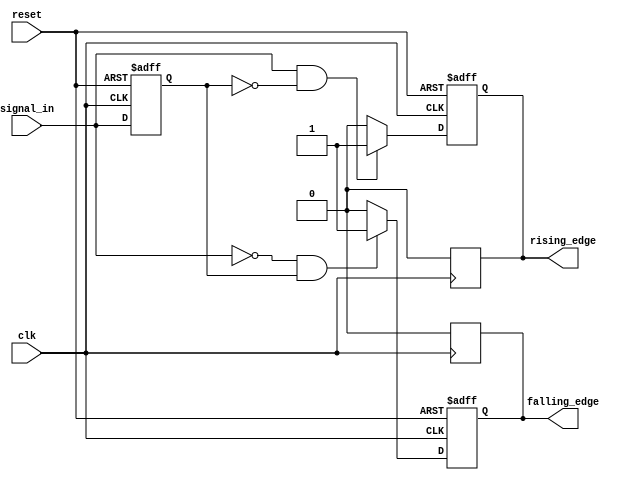
module differential_edge_detector (
    input wire clk,            // Clock signal
    input wire reset,          // Reset signal
    input wire signal_in,      // Input signal
    output reg rising_edge,    // Rising edge output
    output reg falling_edge     // Falling edge output
);

    // Memory block to store the previous state of the input signal
    reg previous_signal;

    // Always block triggered on the rising edge of the clock
    always @(posedge clk or posedge reset) begin
        if (reset) begin
            // Initialize the memory block and outputs on reset
            previous_signal <= 1'b0;
            rising_edge <= 1'b0;
            falling_edge <= 1'b0;
        end else begin
            // Edge detection logic
            rising_edge <= (signal_in == 1'b1 && previous_signal == 1'b0) ? 1'b1 : 1'b0;
            falling_edge <= (signal_in == 1'b0 && previous_signal == 1'b1) ? 1'b1 : 1'b0;

            // Update the previous signal state
            previous_signal <= signal_in;
        end
    end

    // Always block to de-assert the edge signals after one clock cycle
    always @(posedge clk) begin
        if (rising_edge) begin
            rising_edge <= 1'b0; // De-assert rising edge after one clock cycle
        end
        if (falling_edge) begin
            falling_edge <= 1'b0; // De-assert falling edge after one clock cycle
        end
    end

endmodule